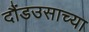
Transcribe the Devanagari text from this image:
दौंडउसाच्या